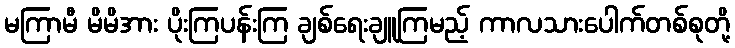
မကြာမီ မိမိအား ပိုးကြပန်းကြ ချစ်ရေးချူကြမည့် ကာလသားပေါက်တစ်စုတို့